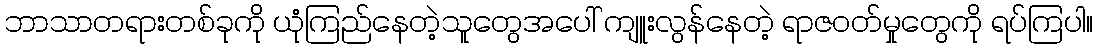
ဘာသာတရားတစ်ခုကို ယုံကြည်နေတဲ့သူတွေအပေါ် ကျူးလွန်နေတဲ့ ရာဇဝတ်မှုတွေကို ရပ်ကြပါ။